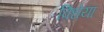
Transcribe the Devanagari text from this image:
विधेया